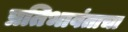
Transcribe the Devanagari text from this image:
प्रतिभावंताचा